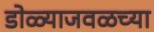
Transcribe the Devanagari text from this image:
डोळ्याजवळच्या